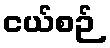
ငယ်စဉ်